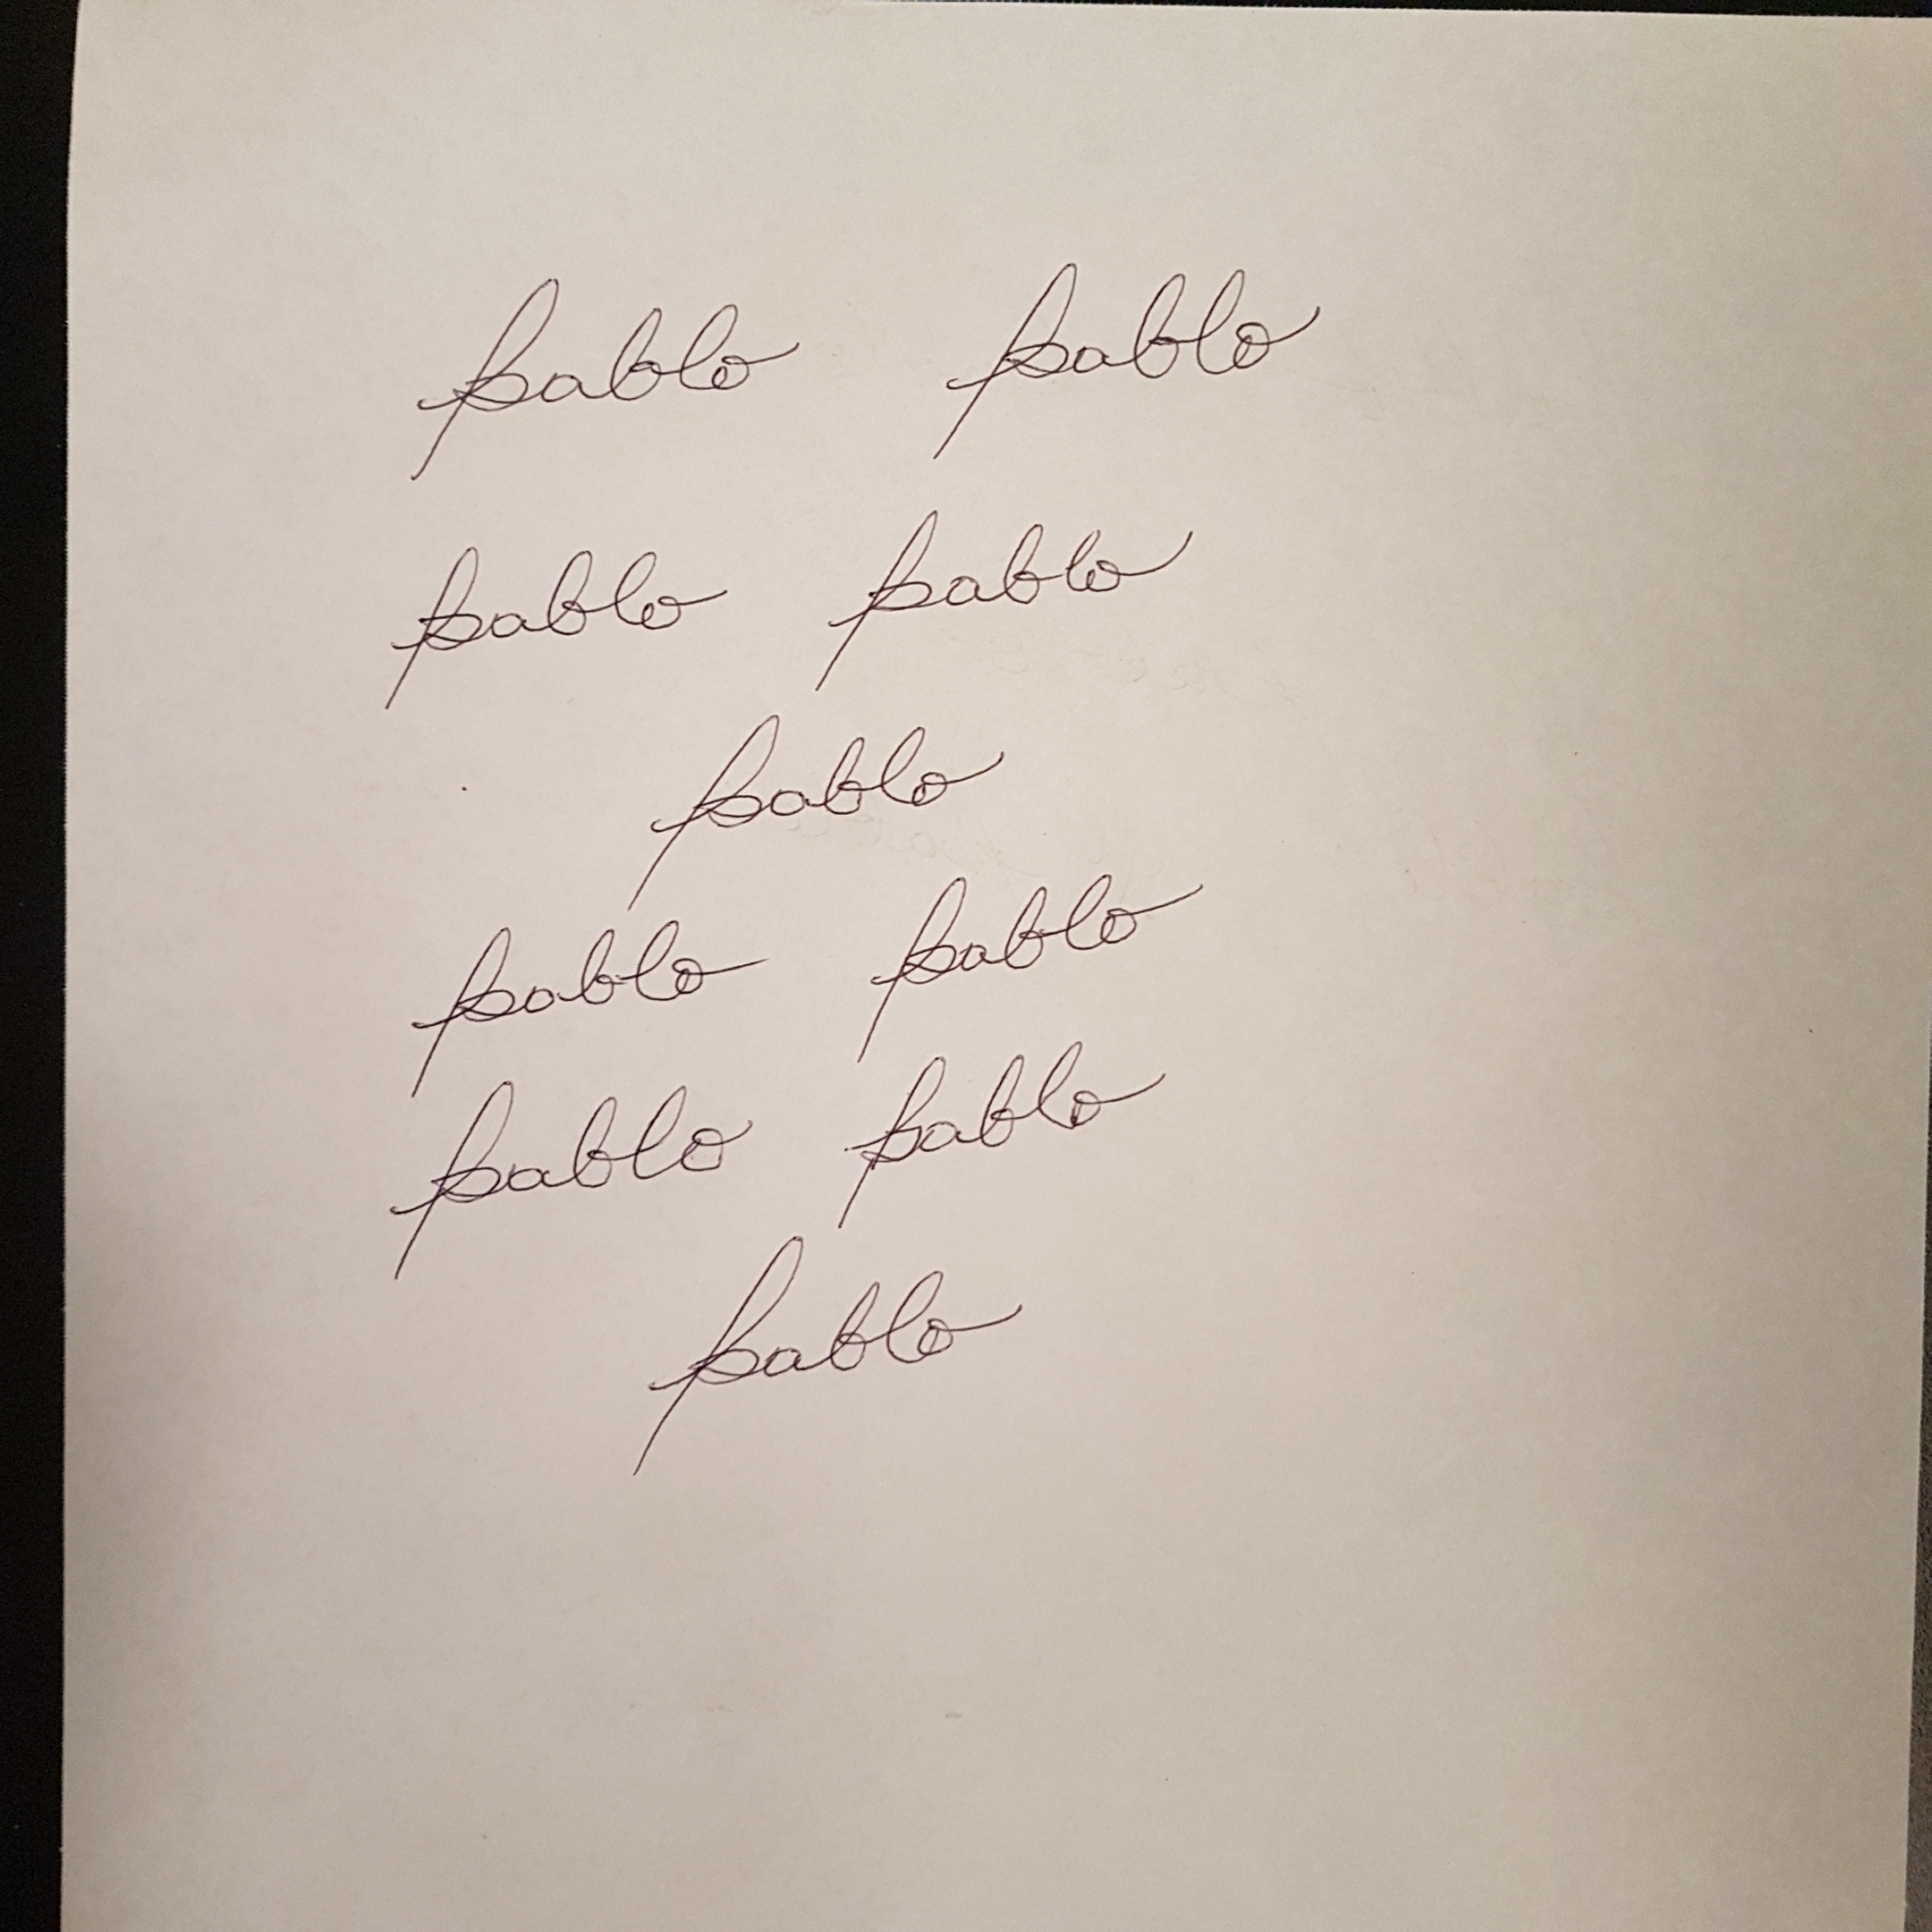
Signature authenticity: forged